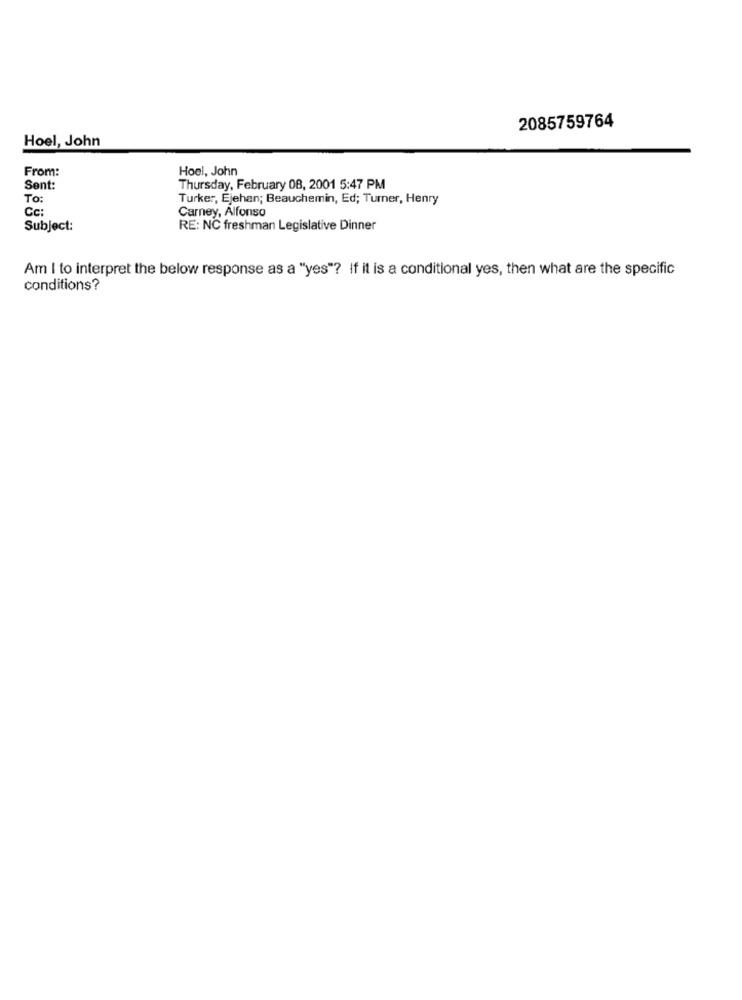
2085759764
Hoel, John
From:
Hoel, John
Sent:
Thursday, February 08, 2001 5:47 PM
To:
Turker, Ejehan; Beauchemin, Ed; Turner, Henry
Cc:
Carney, Alfonso
Subject:
RE: NC freshman Legislative Dinner
Am I to interpret the below response as a "yes"? If it is a conditional yes, then what are the specific
conditions?